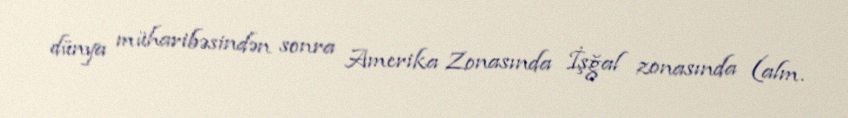
dünya müharibəsindən sonra Amerika Zonasında İşğal zonasında (alm.